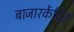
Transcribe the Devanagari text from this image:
बाजारकेंद्रित